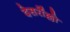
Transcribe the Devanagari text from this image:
देसर्रोल्लो